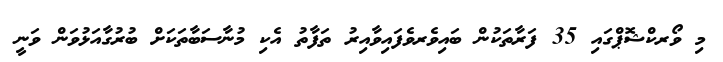
މި ވޯރކްޝޮޕްގައި 35 ފަރާތަކުން ބައިވެރވެފައިވާއިރު ތަފާތު އެކި މުނާސަބާތަކަށް ބުރުގާއަޅުވަން ވަނީ